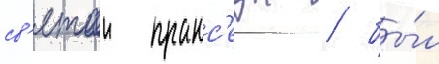
св'ятои пракс'еды / бы́л